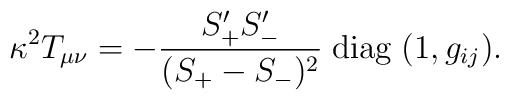
\kappa^2T_{\mu\nu}=-\frac{S_+^\prime S_-^\prime}{(S_+-S_-)^2}\;{\rm diag}\;(1,g_{ij}).